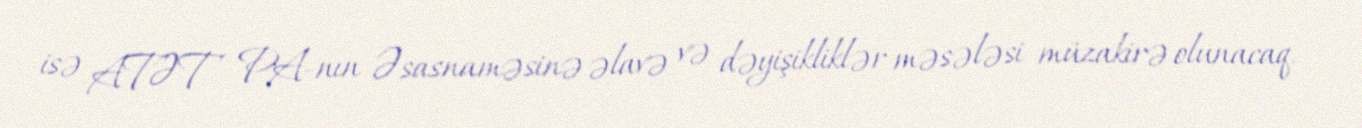
isə ATƏT PA-nın Əsasnaməsinə əlavə və dəyişikliklər məsələsi müzakirə olunacaq.